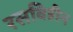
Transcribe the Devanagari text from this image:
रसविहीन